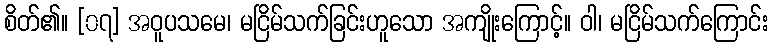
စိတ်၏။ [၀၇] အဝူပသမေ၊ မငြိမ်သက်ခြင်းဟူသော အကျိုးကြောင့်။ ဝါ၊ မငြိမ်သက်ကြောင်း